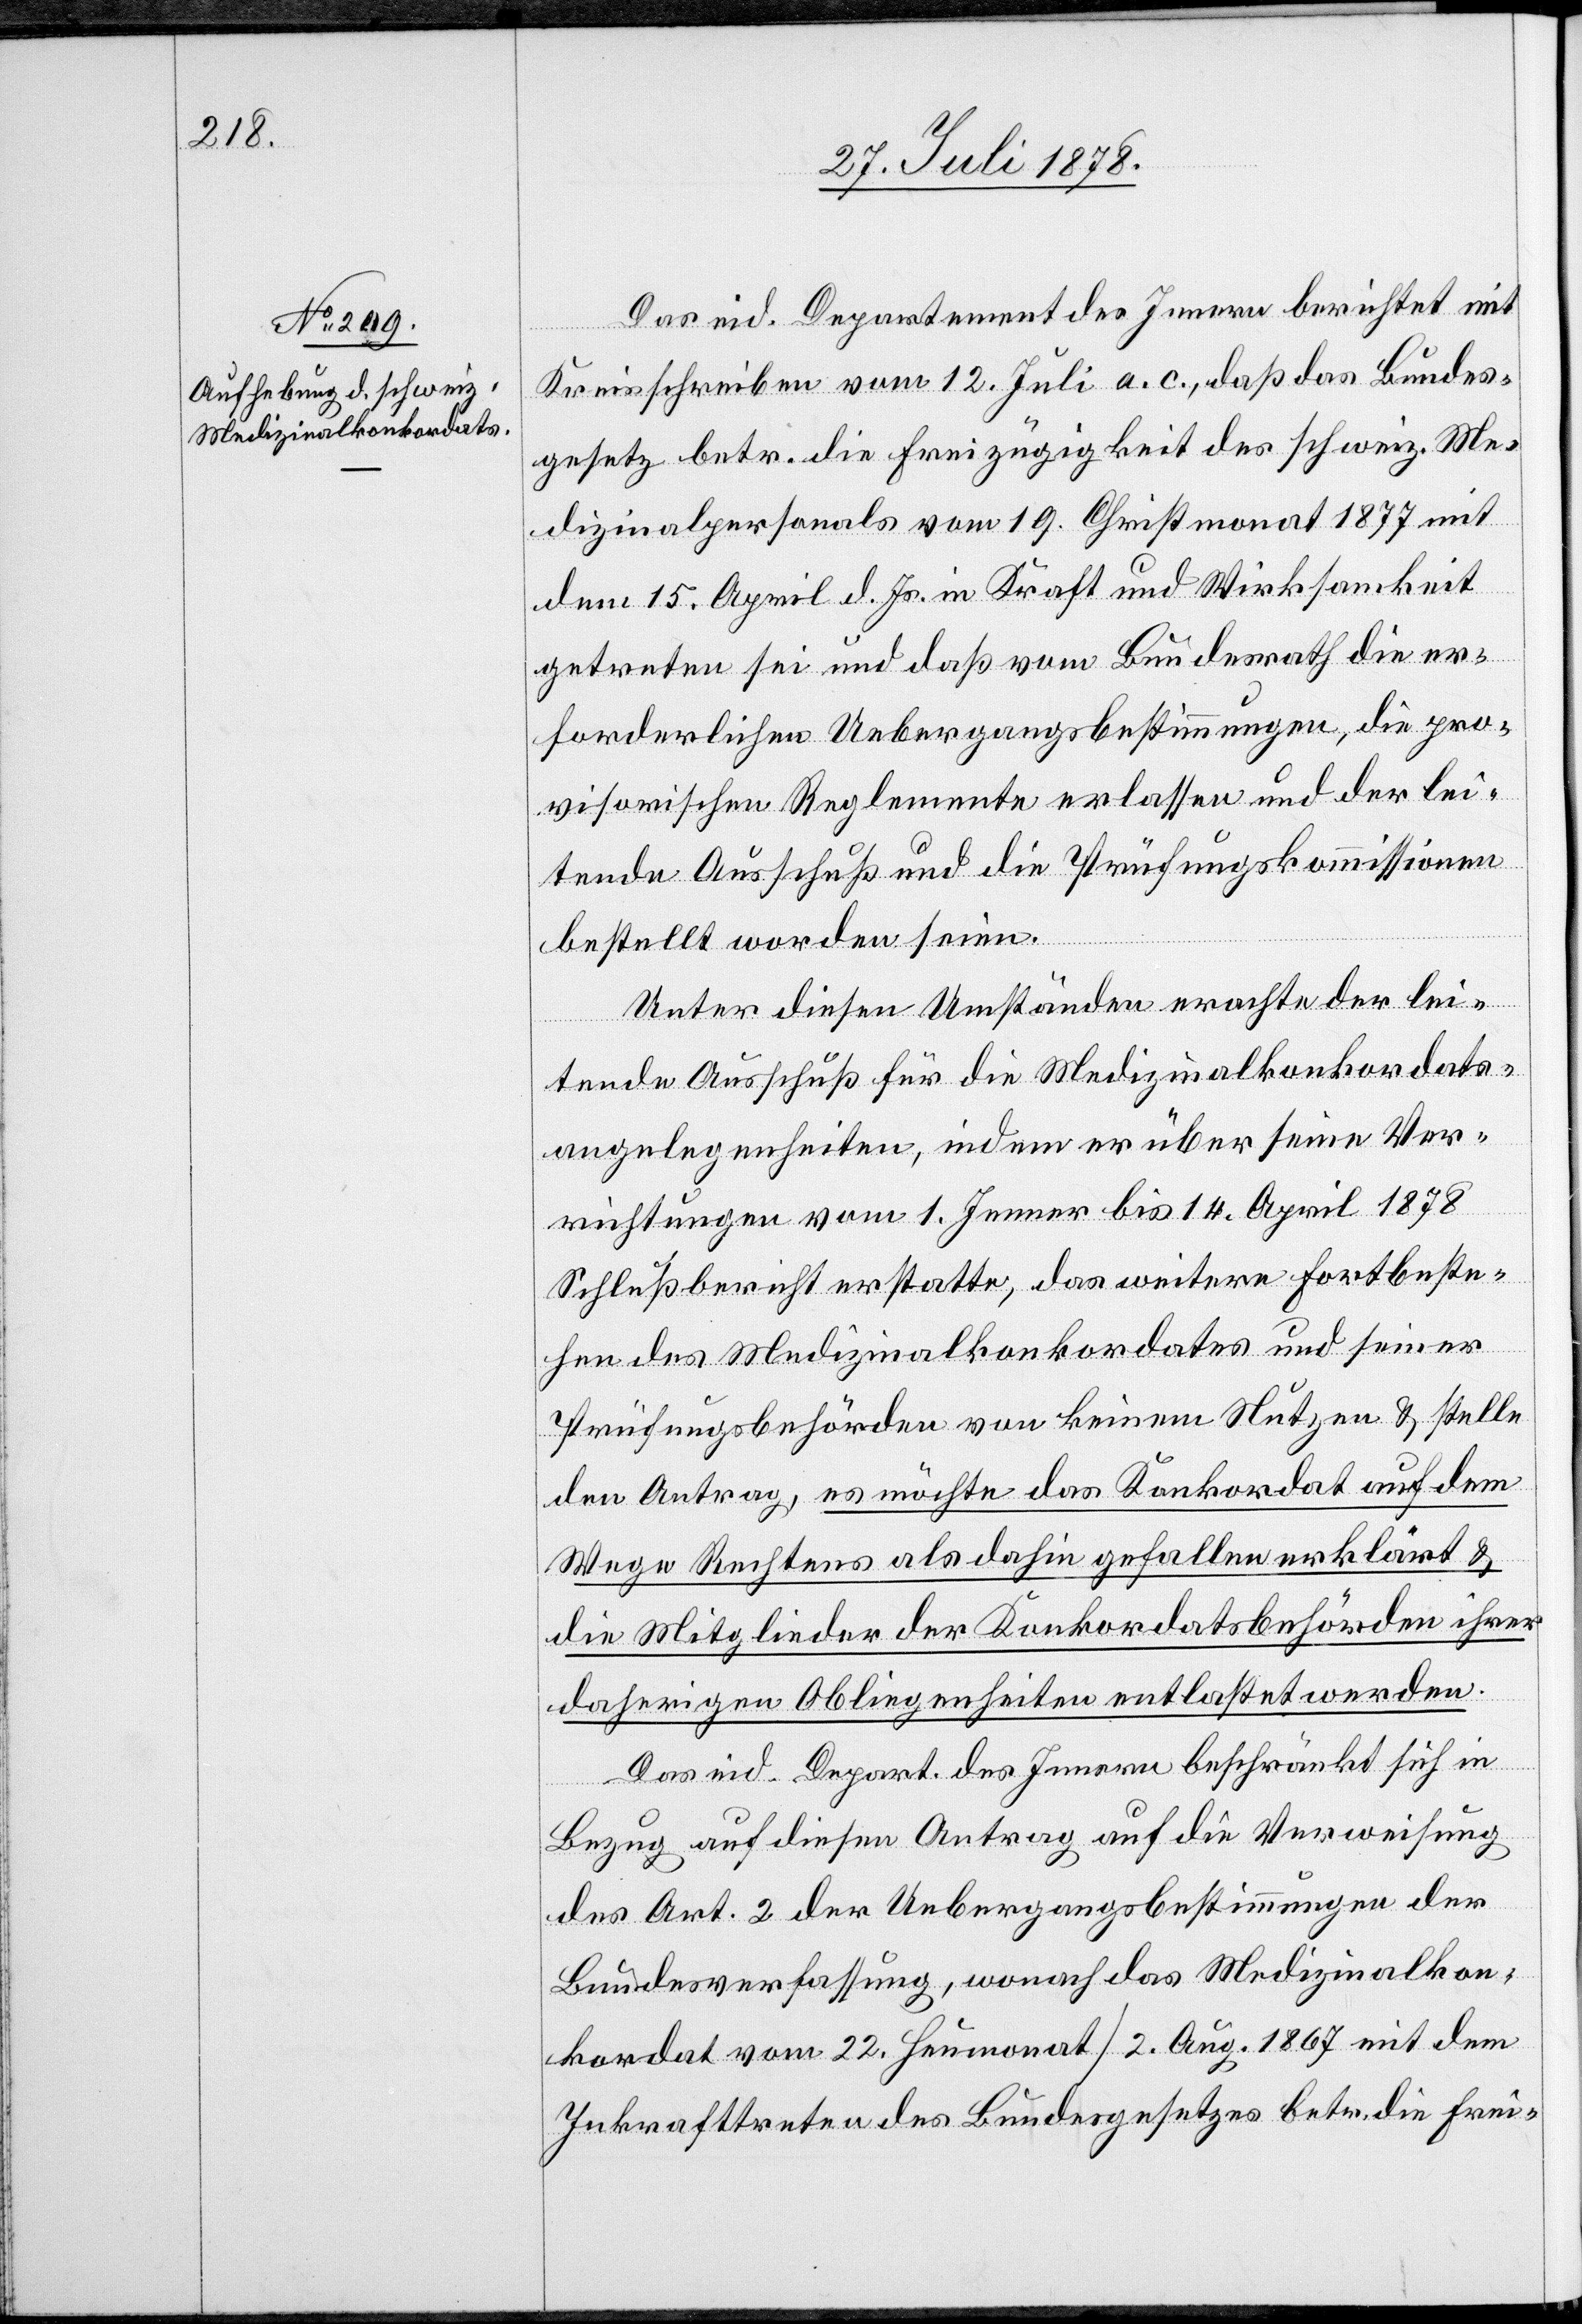
Das eid. Departement des Innern berichtet mit
Kreisschreiben vom 12. Juli a. c., daß das Bundes¬
gesetz betr. die Freizügigkeit des schweiz. Me¬
dizinalpersonals vom 19. Christmonat 1877 mit
dem 15. April d. Js. in Kraft und Wirksamkeit
getreten sei und daß vom Bundesrath die er¬
forderlichen Uebergangsbestimmungen, die pro¬
visorischen Reglemente erlassen und der lei¬
tende Ausschuß und die Prüfungskommissionen
bestellt worden seien.
Unter diesen Umständen erachte der lei¬
tende Ausschuß für die Medizinalkonkordats¬
angelegenheiten, indem er über seine Ver¬
richtungen vom 1. Jenner bis 14. April 1878
Schlußbericht erstatte, das weitere Fortbeste¬
hen des Medizinalkonkordates und seiner
Prüfungsbehörden [sei] von keinem Nutzen & stelle
den Antrag, es möchte das Konkordat auf dem
Wege Rechtens als dahin gefallen erklärt &
die Mitglieder der Konkordatsbehörden ihrer
daherigen Obliegenheiten entlastet werden.
Das eid. Depart. des Innern beschränkt sich in
Bezug auf diesen Antrag auf die Verweisung
des Art. 2 der Uebergangsbestimmungen der
Bundesverfassung, wonach das Medizinalkon¬
kordat vom 22. Heumonat / 2. Aug. 1867 mit dem
Inkrafttreten des Bundesgesetzes betr. die Frei-